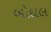
બોદાલ